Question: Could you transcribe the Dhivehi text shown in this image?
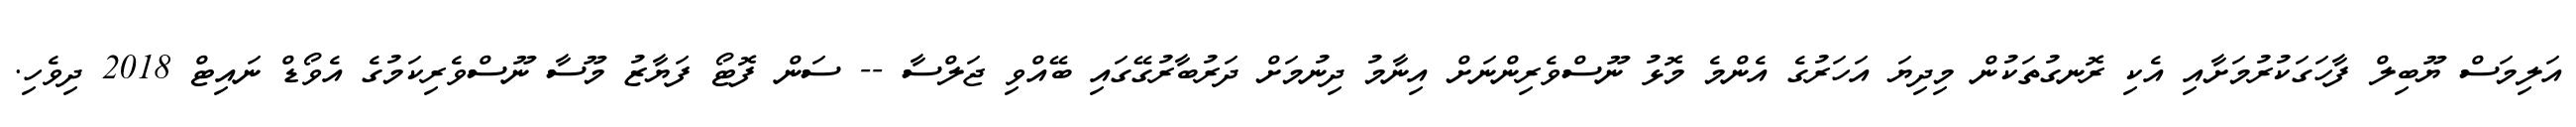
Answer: އަލިމަސް ޔޫބިލް ފާހަގަކުރުމަށާއި އެކި ރޮނގުތަކުން މިދިޔަ އަހަރުގެ އެންމެ މޮޅު ނޫސްވެރިންނަށް އިނާމު ދިނުމަށް ދަރުބާރުގޭގައި ބޭއްވި ޖަލްސާ -- ސަން ފޮޓޯ ފަޔާޒު މޫސާ ނޫސްވެރިކަމުގެ އެވޯޑް ނައިޓް 2018 ދިވެހި.